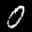
Label: 0